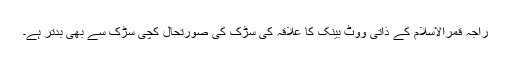
راجہ قمرالاسلام کے ذاتی ووٹ بینک کا علاقہ کی سڑک کی صورتحال کچی سڑک سے بھی بدتر ہے۔